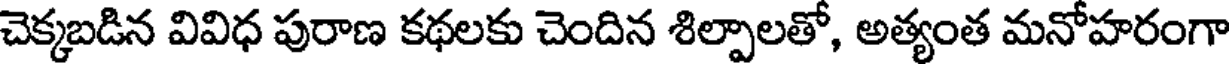
చెక్కబడిన వివిధ పురాణ కథలకు చెందిన శిల్పాలతో, అత్యంత మనోహరంగా